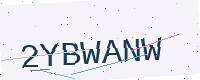
Text: 2YBWANW